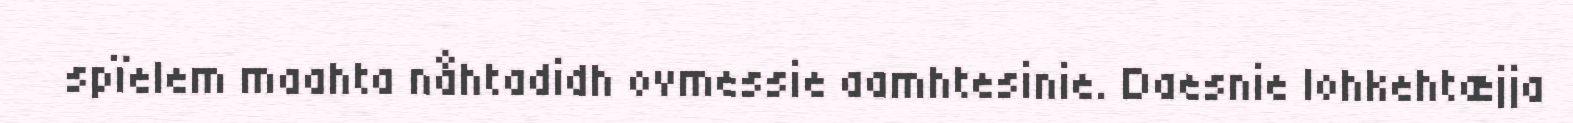
spïelem maahta nåhtadidh ovmessie aamhtesinie. Daesnie lohkehtæjja